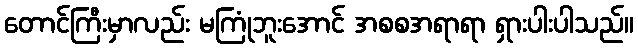
တောင်ကြီးမှာလည်း မကြုံဘူးအောင် အစစအရာရာ ရှားပါးပါသည်။